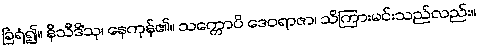
ခြံရံ၍။ နိသီဒိံသု၊ နေကုန်၏။ သက္ကောပိ ဒေဝရာဇာ၊ သိကြားမင်းသည်လည်း။